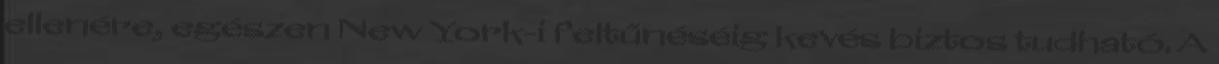
ellenére, egészen New York-i feltűnéséig kevés biztos tudható. A